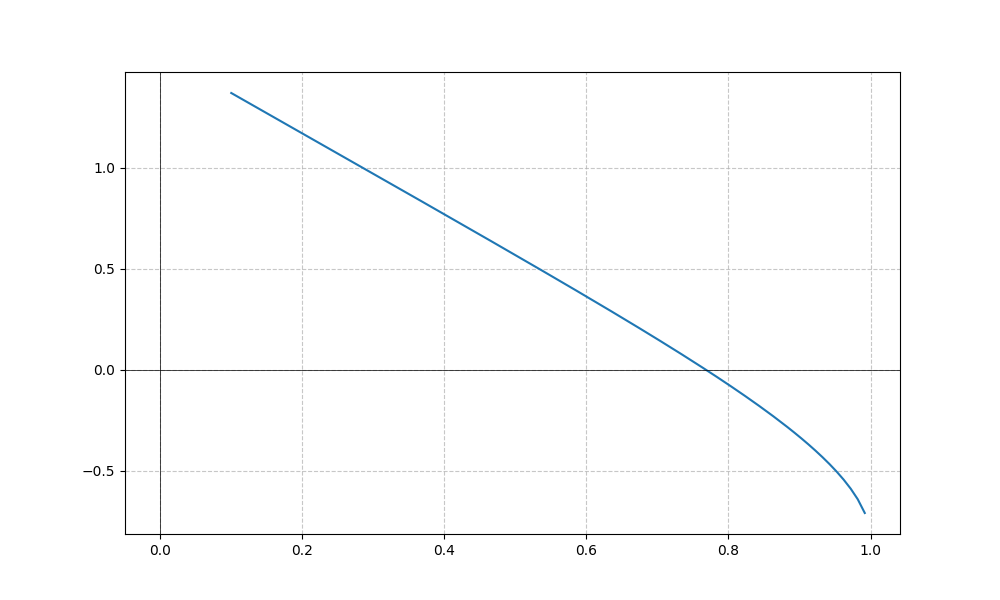
LaTeX formula: - \sin{\left(x \right)} + \operatorname{acos}{\left(x \right)}